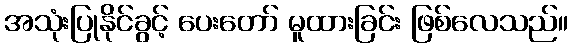
အသုံးပြုနိုင်ခွင့် ပေးတော် မူထားခြင်း ဖြစ်လေသည်။